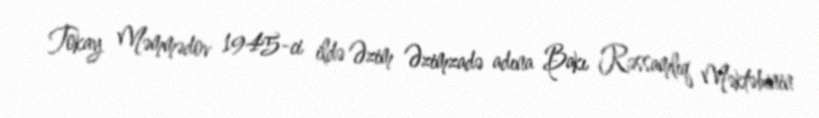
Tokay Məmmədov 1945-ci ildə Əzim Əzimzadə adına Bakı Rəssamlıq Məktəbinin